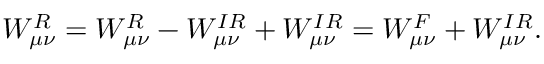
W _ { \mu \nu } ^ { R } = W _ { \mu \nu } ^ { R } - W _ { \mu \nu } ^ { I R } + W _ { \mu \nu } ^ { I R } = W _ { \mu \nu } ^ { F } + W _ { \mu \nu } ^ { I R } .